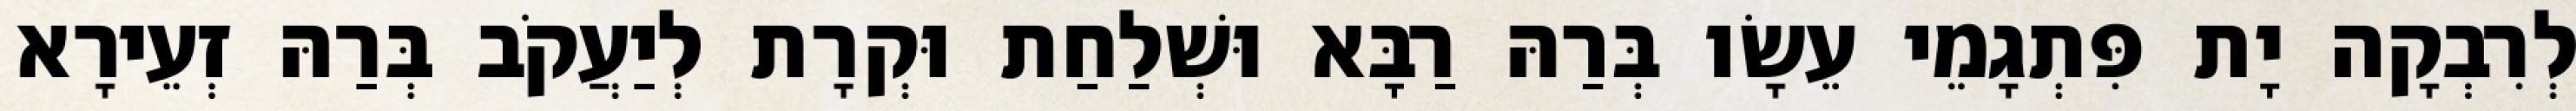
לְרִבְקָה יָת פִּתְגָמֵי עֵשָׂו בְּרַהּ רַבָּא וּשְׁלַחַת וּקְרָת לְיַעֲקֹב בְּרַהּ זְעֵירָא